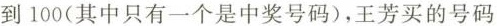
00张彩票，号码从1到100(其中只有一个是中奖号码)，王芳买的号码